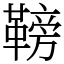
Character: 䩷